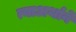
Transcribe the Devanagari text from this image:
त्याअर्थाने